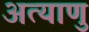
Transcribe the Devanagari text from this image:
अत्याणु